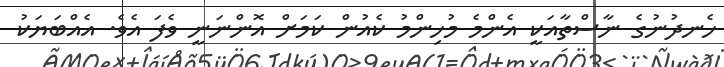
ހެނދުނުގެ ނާސްތާއަކީ އެންމެ މުހިންމު ކެއުން ކަމަށް އޮންނަނީ ވެފަ އެވެ. އެއްބަޔަކު